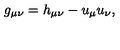
g _ { \mu \nu } = h _ { \mu \nu } - u _ { \mu } u _ { \nu } ,